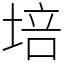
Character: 培